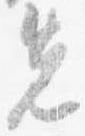
先